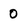
Character: 0